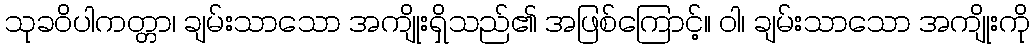
သုခဝိပါကတ္တာ၊ ချမ်းသာသော အကျိုးရှိသည်၏ အဖြစ်ကြောင့်။ ဝါ၊ ချမ်းသာသော အကျိုးကို